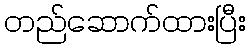
တည်ဆောက်ထားပြီး